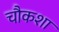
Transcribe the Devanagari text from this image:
चौकशा